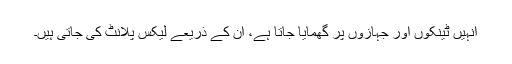
انہیں ٹینکوں اور جہازوں پر گھمایا جاتا ہے، ان کے ذریعے لیکس پلانٹ کی جاتی ہیں۔